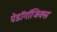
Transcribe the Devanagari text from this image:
पेडॉगॉजिक्स